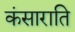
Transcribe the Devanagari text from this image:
कंसाराति